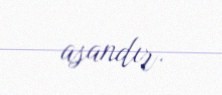
asandır.